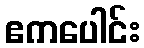
ဧကပေါင်း